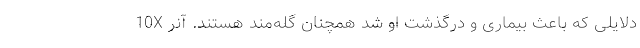
دلایلی که باعث بیماری و درگذشت او شد همچنان گله‌مند هستند. آنر 10X